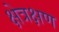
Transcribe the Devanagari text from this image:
क्षेत्रक्षण